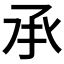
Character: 𠄘